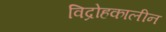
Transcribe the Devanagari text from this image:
विद्रोहकालीन